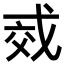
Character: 𫻱